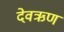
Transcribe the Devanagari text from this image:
देवऋण